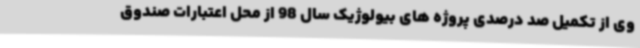
وی از تکمیل صد درصدی پروژه های بیولوژیک سال 98 از محل اعتبارات صندوق